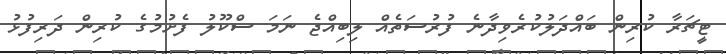
ޓީޗަރާ ކުރިން ބައްދަލުކުރެވިދާނެ ފުރުސަތެއް ލިބިއްޖެ ނަމަ ސްކޫލު ފެށުމުގެ ކުރިން ދަރިފުޅު